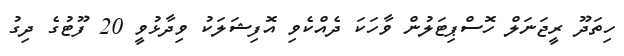
ހިތަދޫ ރީޖަނަލް ހޮސްޕިޓަލުން ވާހަކަ ދެއްކެވި އޮފިޝަލަކު ވިދާޅުވީ 20 ފޫޓުގެ ދިގު